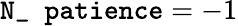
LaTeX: \texttt{N\_ patience}=-1